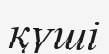
қүші